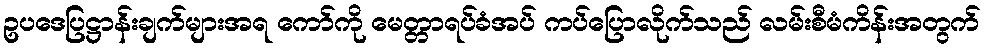
ဥပဒေပြဋ္ဌာန်းချက်များအရ ကော်ကို မေတ္တာရပ်ခံအပ် ကပ်ပြောလိုက်သည် လမ်းစီမံကိန်းအတွက်